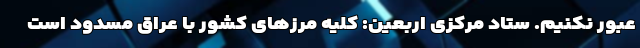
عبور نکنیم. ستاد مرکزی اربعین: کلیه مرزهای کشور با عراق مسدود است